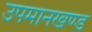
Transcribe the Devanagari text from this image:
उपमानखण्ड